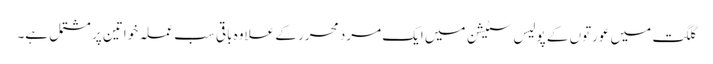
گلگت میں عورتوں کے پولیس سٹیشن میں ایک مرد محرر کے علاوہ باقی سب عملہ خواتین پر مشتمل ہے۔